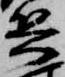
兵